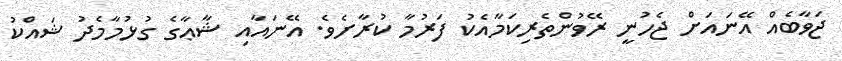
ޖަވާބެއް އޭނައަށް ޖެހުނީ ރޭވުންތެރިކަމާއެކު ފަރުމާ ކުރާށެވެ. އޭނައާއި ޝާޢާގެ ގުޅުމާމެދު ޝައްކު